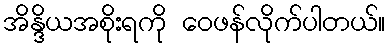
အိန္ဒိယအစိုးရကို ဝေဖန်လိုက်ပါတယ်။